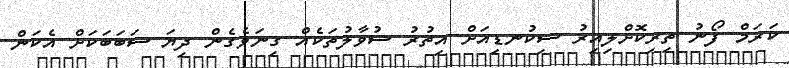
ކަރަމް ފޯނު ތިރިކޮށްލިއިރު ސިކުނޑިއަށް އިތުރު ސުވާލުތަކެއް ގިނަވެގެން ދިޔަ ސަބަބަކަށް އެކަން